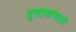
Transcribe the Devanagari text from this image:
दुसऱ्यांसाठी